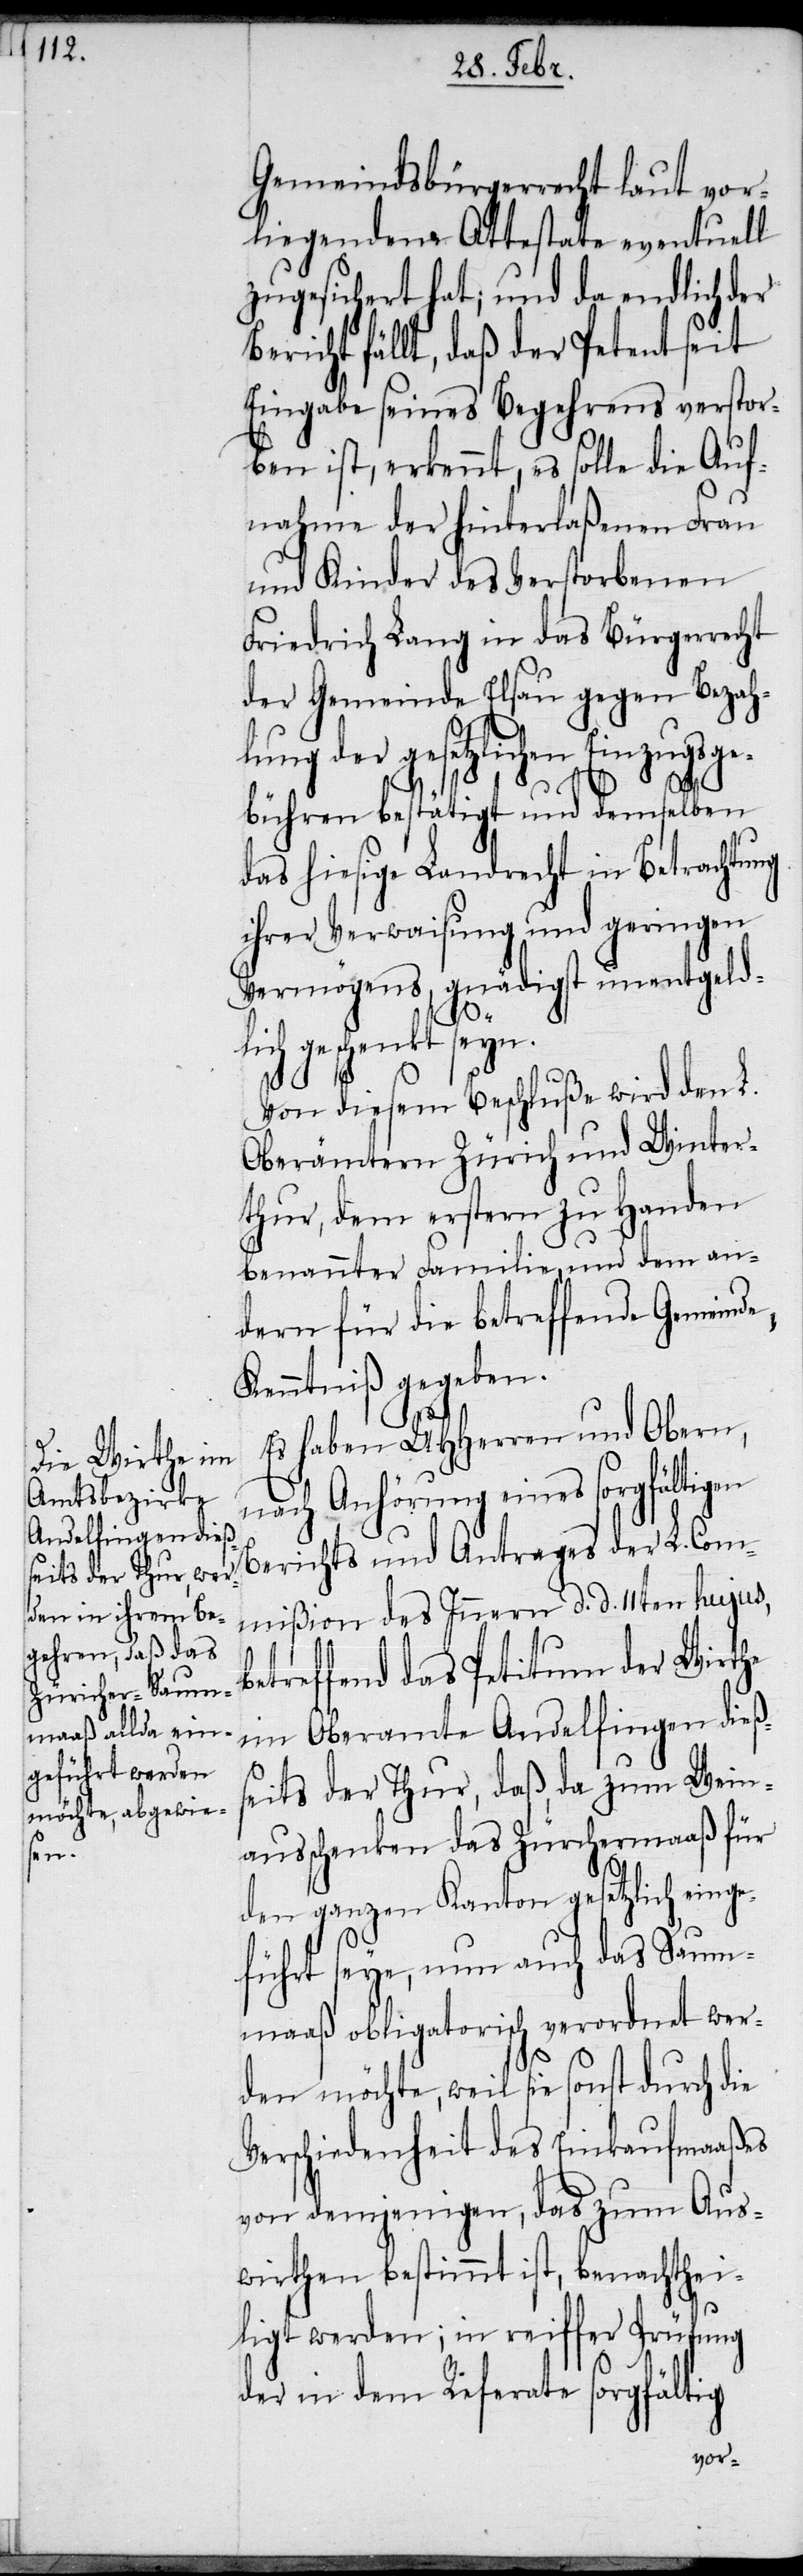
Gemeindsbürgerrecht laut vor¬
liegendem Attestate eventuell
zugesichert hat; und da endlich der
richt fällt, daß der Petent seit
Eingabe seines Begehrens verstor¬
ben ist, erkennt, es solle die Auf¬
nahme der hinterlaßenen Frau
und Kinder des Verstorbenen
Friedrich Lang in das Bürgerrecht
der Gemeinde Elsau gegen Bezah¬
lung der gesetzlichen Einzugsg¬
ebühren bestätigt und demselben
das hiesige Landrecht in Betrachtung
ihrer Verwaisung und geringen
Vermögens, gnädigst unentgeld¬
b¬
lich geschenkt seyn.
Von diesem Beschluße wird den L.
Oberämtern Zürich und Winter¬
thur, dem erstern zu Handen
benannter Familie, und dem an¬
dern für die betreffende Gemeinde,
Kenntniß gegeben.
Es haben UHHerren und Obern,
nach Anhörung eines sorgfältigen
Berichts und Antrages der L. Com¬
mißion des Innern d. d. 11ten hujus,
etreffend das Petitum der Wirthe
im Oberamte Andelfingen dießs¬
eits der Thur, daß, da zum Wein¬
ausschenken das Zürchermaaß für
den ganzen Kanton gesetzlich einge¬
führt seye, nun auch das Saum¬
maaß obligatorisch verordnet wer¬
den möchte, weil sie sonst durch die
Verschiedenheit des Einkaufmaaßes
von demjenigen, das zum Aus¬
wirthen bestimmt ist, benachthei¬
ligt werden; in reiffer Prüfung
der in dem Referate sorgfältig